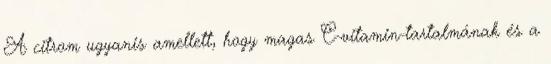
A citrom ugyanis amellett, hogy magas C-vitamin-tartalmának és a